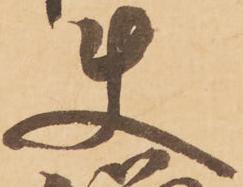
使